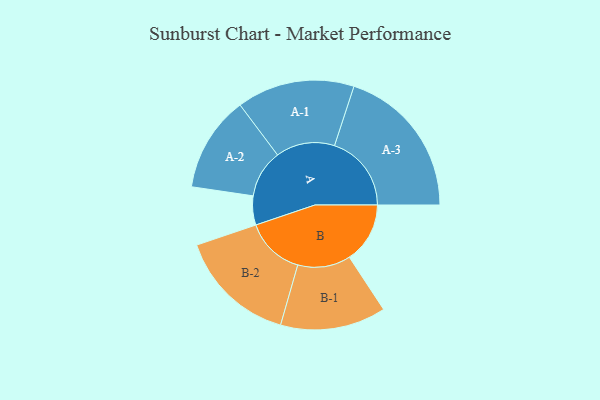
{"axis": {"x": "Segment", "y": "Value"}, "legend": ["", "A", "B"], "data": [{"x": "A", "y": 100, "type": ""}, {"x": "B", "y": 209, "type": ""}, {"x": "A-1", "y": 203, "type": "A"}, {"x": "A-2", "y": 165, "type": "A"}, {"x": "A-3", "y": 265, "type": "A"}, {"x": "B-1", "y": 182, "type": "B"}, {"x": "B-2", "y": 204, "type": "B"}]}